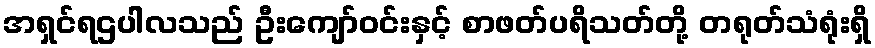
အရှင်ရဌပါလသည် ဦးကျော်ဝင်းနှင့် စာဖတ်ပရိသတ်တို့ တရုတ်သံရုံးရှိ